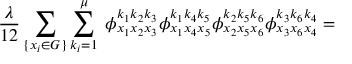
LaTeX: \frac { \lambda } { 1 2 } \sum _ { \{ x _ { i } \in G \} } \sum _ { k _ { i } = 1 } ^ { \mu } \; \phi _ { x _ { 1 } x _ { 2 } x _ { 3 } } ^ { k _ { 1 } k _ { 2 } k _ { 3 } } \phi _ { x _ { 1 } x _ { 4 } x _ { 5 } } ^ { k _ { 1 } k _ { 4 } k _ { 5 } } \phi _ { x _ { 2 } x _ { 5 } x _ { 6 } } ^ { k _ { 2 } k _ { 5 } k _ { 6 } } \phi _ { x _ { 3 } x _ { 6 } x _ { 4 } } ^ { k _ { 3 } k _ { 6 } k _ { 4 } } =